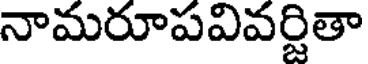
నామరూపవివర్జితా